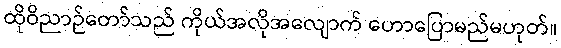
ထိုဝိညာဉ်တော်သည် ကိုယ်အလိုအလျောက် ဟောပြောမည်မဟုတ်။